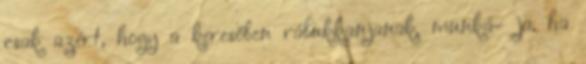
csak azért, hogy a keresőben rábukkanjanak, munká- ja, ha